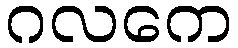
ဂလကေ